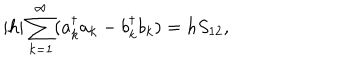
LaTeX: | h | \sum _ { k = 1 } ^ { \infty } ( a _ { k } ^ { \dagger } a _ { k } - b _ { k } ^ { \dagger } b _ { k } ) = h S _ { 1 2 } ,